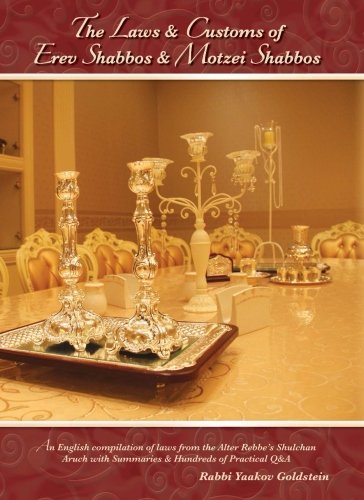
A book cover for The Laws and Customs of Erev Shabbos and Motzei Shabbos; Rabbi Yaakov Goldstein; Religion & Spirituality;